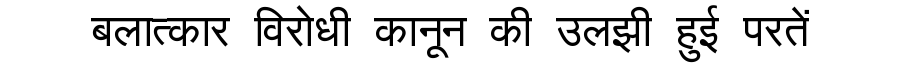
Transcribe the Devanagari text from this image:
बलात्कार विरोधी कानून की उलझी हुई परतें